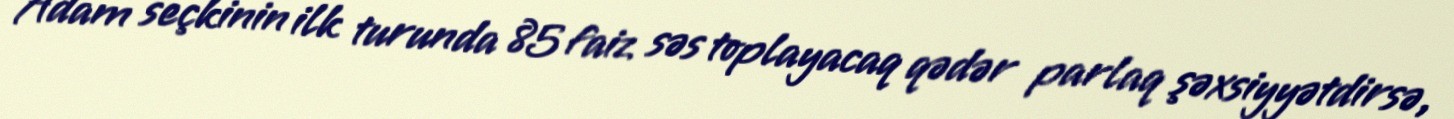
Adam seçkinin ilk turunda 85 faiz səs toplayacaq qədər parlaq şəxsiyyətdirsə,